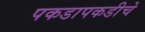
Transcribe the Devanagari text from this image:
पकडापकडीचे